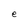
Character: e